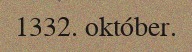
1332. október.